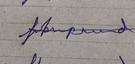
Signature authenticity: forged